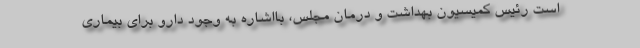
است رئیس کمیسیون بهداشت و درمان مجلس، بااشاره به وجود دارو برای بیماری